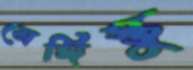
মেঙ্গিস্তু